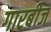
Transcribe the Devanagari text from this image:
गारबीज